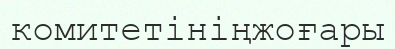
комитетініңжоғары